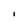
Character: I